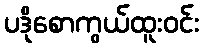
ပဒိုစောကွယ်ထူးဝင်း